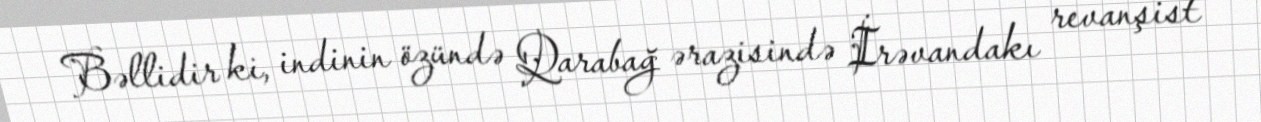
Bəllidir ki, indinin özündə Qarabağ ərazisində İrəvandakı revanşist